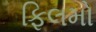
ફિલમો